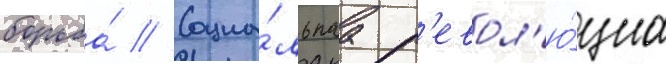
борьба́ // Социа́льнаа р'евол'ю́циа